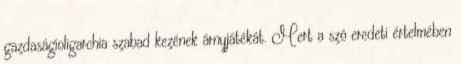
gazdaságioligarchia szabad kezének árnyjátékát. Mert a szó eredeti értelmében